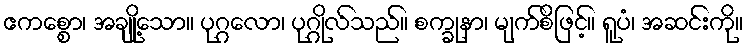
ဧကစ္စော၊ အချို့သော။ ပုဂ္ဂလော၊ ပုဂ္ဂိုလ်သည်။ စက္ခုနာ၊ မျက်စိဖြင့်။ ရူပံ၊ အဆင်းကို။